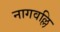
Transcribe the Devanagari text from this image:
नागवल्लि